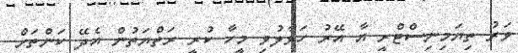
ވަރު ތިޔަމިނިސްޓްރީ އާ އޭރު ހަވާލުވި މީހާ ކުރީ ރަތްޔަތުން އެދޭ ކަންތަށް